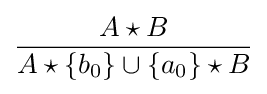
{\frac {A\star B}{A\star \{b_{0}\}\cup \{a_{0}\}\star B}}